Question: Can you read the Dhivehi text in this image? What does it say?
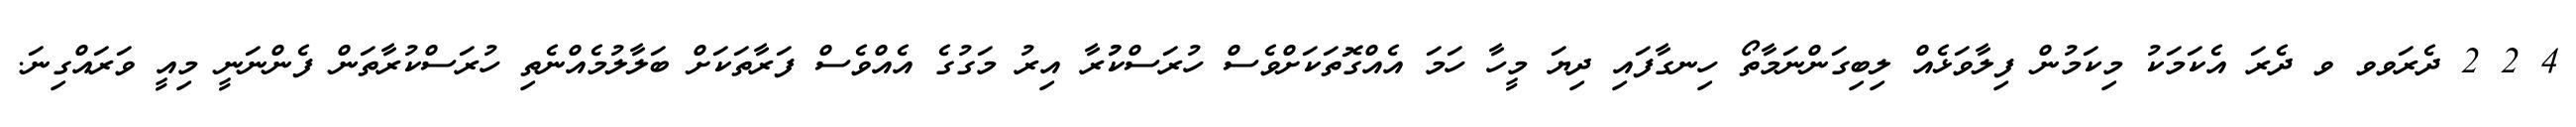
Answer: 4 2 2 ދެރަވވ ވ ދެރަ އެކަމަކު މިކަމުން ފިލާވަޅެއް ލިބިގަންނަމާތޯ ހިނގާފައި ދިޔަ މީހާ ހަމަ އެއްގޮތަކަށްވެސް ހުރަސްކުުރާ އިރު މަގުގެ އެއްވެސް ފަރާތަކަށް ބަލާލުމެއްނެތި ހުރަސްކުރާތަން ފެންނަނީ މިއީ ވަރައްގިނަ.